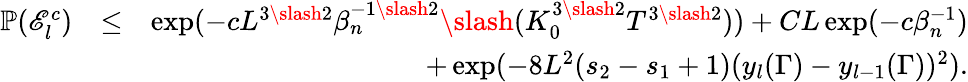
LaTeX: \begin{array}{rlr}{\mathbb{P}(\mathscr{E}_{l}^{c})}&{\leq}&{\exp(-cL^{3\slash 2}\beta_{n}^{-1\slash 2}\slash(K_{0}^{3\slash 2}T^{3\slash 2}))+CL\exp(-c\beta_{n}^{-1})}\\ &{}&{+\exp(-8L^{2}(s_{2}-s_{1}+1)(y_{l}(\Gamma)-y_{l-1}(\Gamma))^{2}).}\end{array}